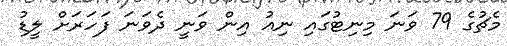
މެޗުގެ 79 ވަނަ މިނިޓުގައި ނިއު އިން ވަނީ ދެވަނަ ފަހަރަށް ލީޑު